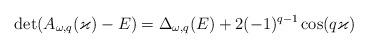
LaTeX: \begin{align*} \det(A_{\omega,q}(\varkappa)-E) = \Delta_{\omega,q}(E)+2(-1)^{q-1}\cos(q\varkappa)\end{align*}